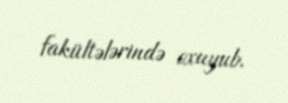
fakültələrində oxuyub.